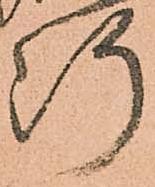
断